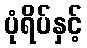
ပုံရိပ်နှင့်